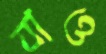
যাও